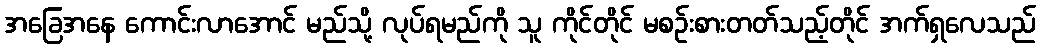
အခြေအနေ ကောင်းလာအောင် မည်သို့ လုပ်ရမည်ကို သူ ကိုင်တိုင် မစဉ်းစားတတ်သည့်တိုင် အက်ရှလေသည်